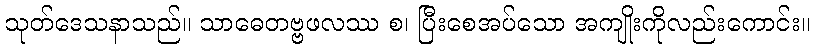
သုတ်ဒေသနာသည်။ သာဓေတဗ္ဗဖလဿ စ၊ ပြီးစေအပ်သော အကျိုးကိုလည်းကောင်း။